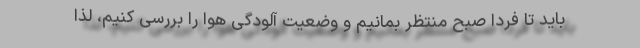
باید تا فردا صبح منتظر بمانیم و وضعیت آلودگی هوا را بررسی کنیم، لذا